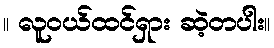
။ လူဝယ်ထင်ရှား ဆဲ့တပါး။